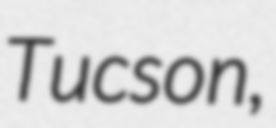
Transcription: Tucson,